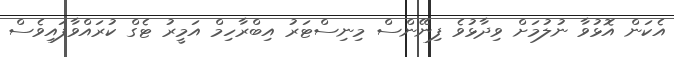
އެކަން އޮޅުވާ ނުލުމަށް ވިދާޅުވެ ފިނޭންސް މިނިސްޓަރު އިބްރާހިމް އަމީރު ޓެގް ކުރައްވާފައިވެސް